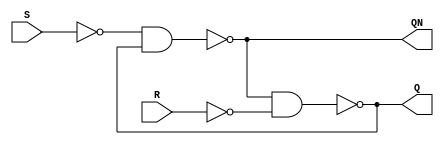
// Copyright (C) 2022  Intel Corporation. All rights reserved.
// Your use of Intel Corporation's design tools, logic functions 
// and other software and tools, and any partner logic 
// functions, and any output files from any of the foregoing 
// (including device programming or simulation files), and any 
// associated documentation or information are expressly subject 
// to the terms and conditions of the Intel Program License 
// Subscription Agreement, the Intel Quartus Prime License Agreement,
// the Intel FPGA IP License Agreement, or other applicable license
// agreement, including, without limitation, that your use is for
// the sole purpose of programming logic devices manufactured by
// Intel and sold by Intel or its authorized distributors.  Please
// refer to the applicable agreement for further details, at
// https://fpgasoftware.intel.com/eula.

// PROGRAM		"Quartus Prime"
// VERSION		"Version 21.1.1 Build 850 06/23/2022 SJ Standard Edition"
// CREATED		"Tue Nov  1 08:36:56 2022"

module lab9step1b(
	R,
	S,
	Q,
	QN
);


input wire	R;
input wire	S;
output wire	Q;
output wire	QN;

wire	SYNTHESIZED_WIRE_0;
wire	SYNTHESIZED_WIRE_1;
wire	SYNTHESIZED_WIRE_2;
wire	SYNTHESIZED_WIRE_3;

assign	Q = SYNTHESIZED_WIRE_3;
assign	QN = SYNTHESIZED_WIRE_0;



assign	SYNTHESIZED_WIRE_3 = ~(SYNTHESIZED_WIRE_0 & SYNTHESIZED_WIRE_1);

assign	SYNTHESIZED_WIRE_0 = ~(SYNTHESIZED_WIRE_2 & SYNTHESIZED_WIRE_3);

assign	SYNTHESIZED_WIRE_1 =  ~R;

assign	SYNTHESIZED_WIRE_2 =  ~S;


endmodule